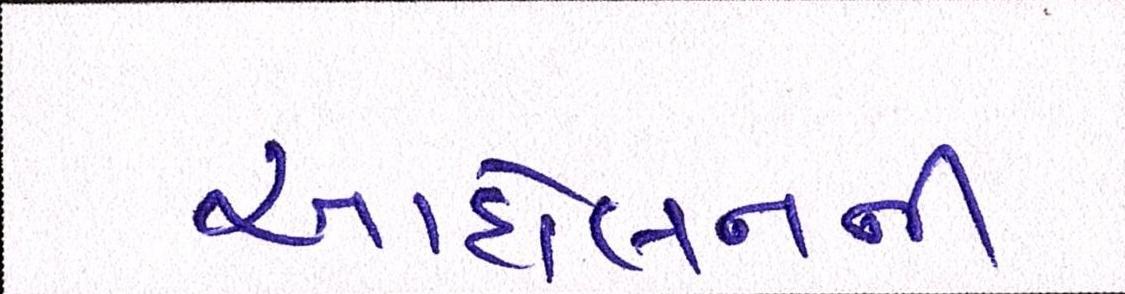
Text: આંદોલનની